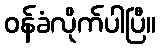
ဝန်ခံလိုက်ပါပြီ။